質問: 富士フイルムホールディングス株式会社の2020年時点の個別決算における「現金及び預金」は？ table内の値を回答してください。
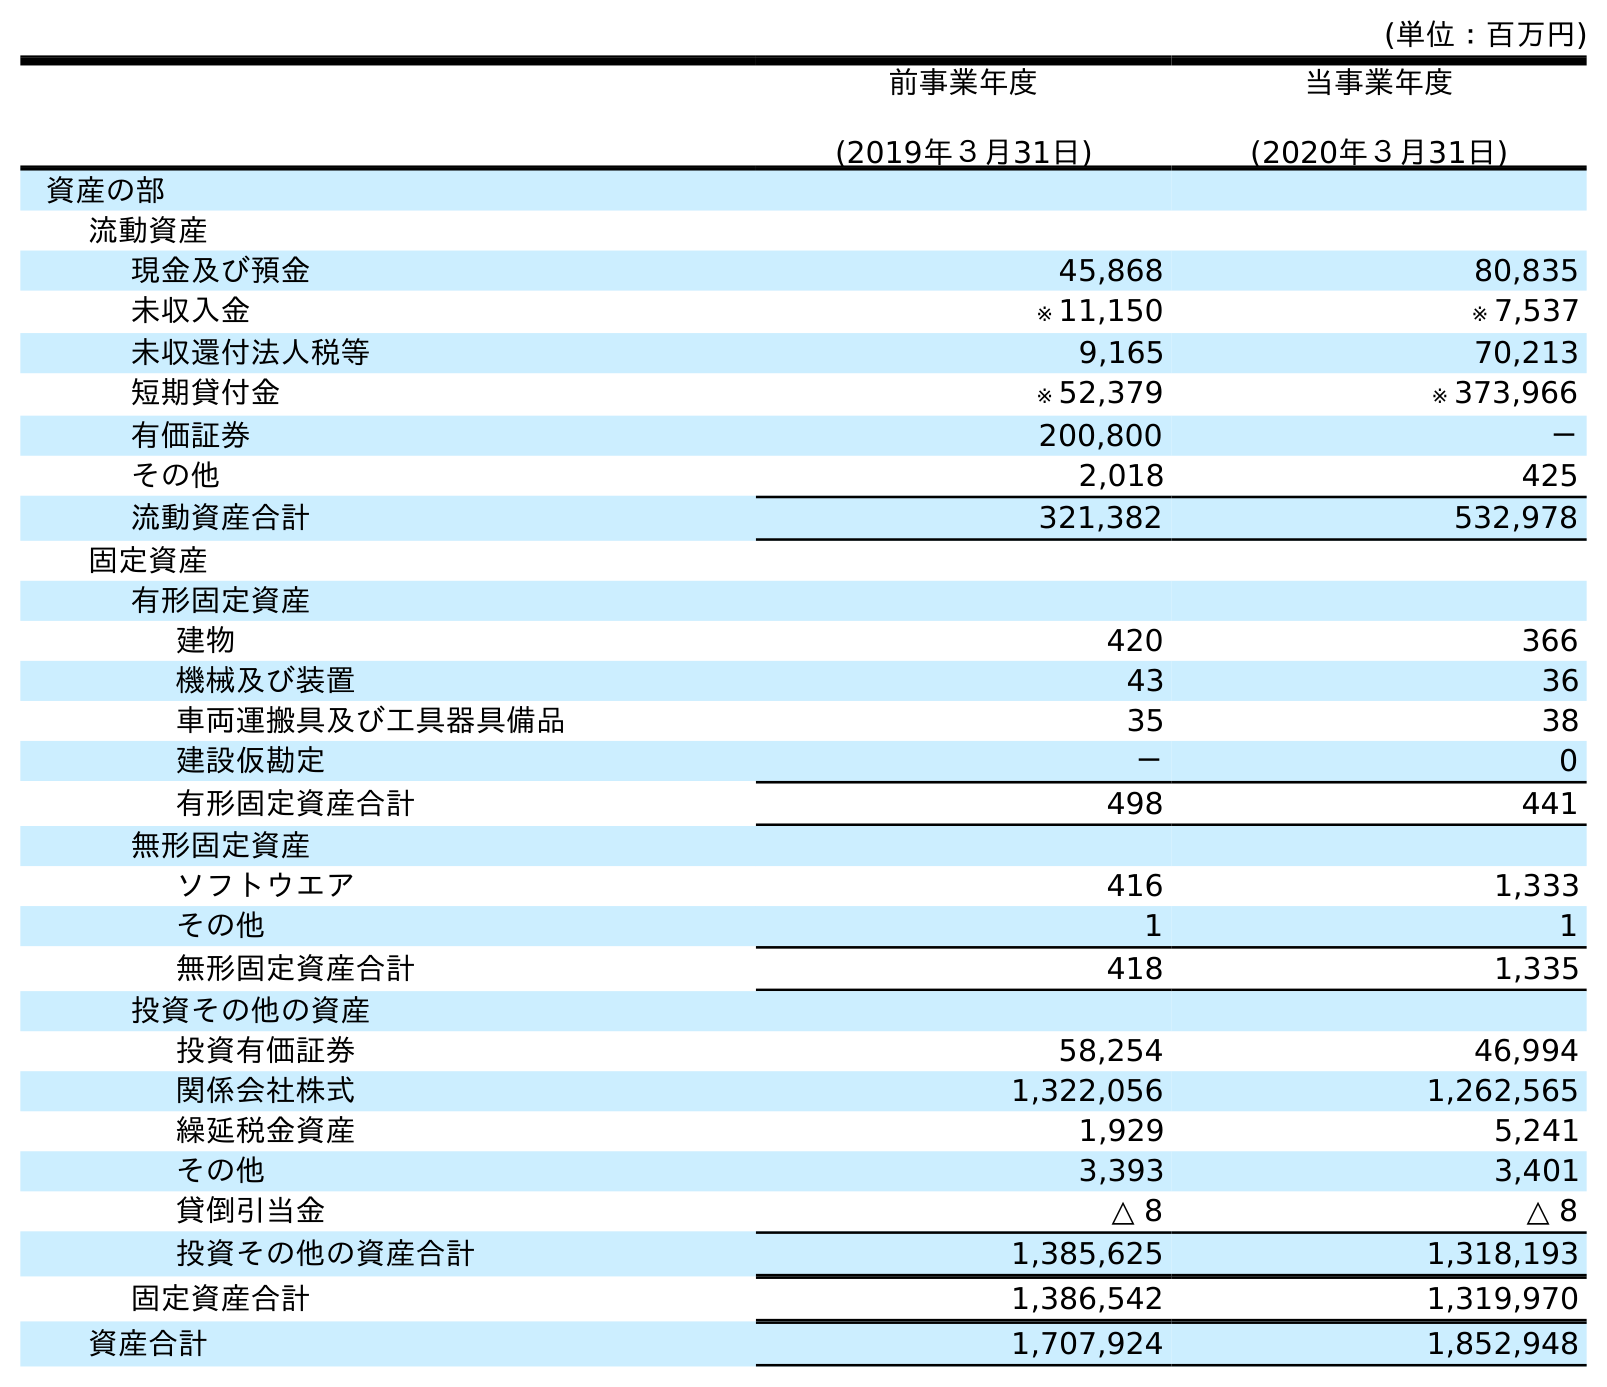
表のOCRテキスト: (単位：百万円) 前事業年度 (2019年３月31日) 当事業年度 (2020年３月31日) 資産の部 流動資産 現金及び預金 45,868 80,835 未収入金 ※ 11,150 ※ 7,537 未収還付法人税等 9,165 70,213 短期貸付金 ※ 52,379 ※ 373,966 有価証券 200,800 － その他 2,018 425 流動資産合計 321,382 532,978 固定資産 有形固定資産 建物 420 366 機械及び装置 43 36 車両運搬具及び工具器具備品 35 38 建設仮勘定 － 0 有形固定資産合計 498 441 無形固定資産 ソフトウエア 416 1,333 その他 1 1 無形固定資産合計 418 1,335 投資その他の資産 投資有価証券 58,254 46,994 関係会社株式 1,322,056 1,262,565 繰延税金資産 1,929 5,241 その他 3,393 3,401 貸倒引当金 △ 8 △ 8 投資その他の資産合計 1,385,625 1,318,193 固定資産合計 1,386,542 1,319,970 資産合計 1,707,924 1,852,948
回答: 80,835